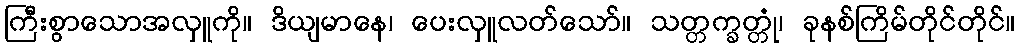
ကြီးစွာသောအလှူကို။ ဒိယျမာနေ၊ ပေးလှူလတ်သော်။ သတ္တက္ခတ္တုံ၊ ခုနစ်ကြိမ်တိုင်တိုင်။